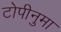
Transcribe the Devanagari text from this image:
टोपीनुमा